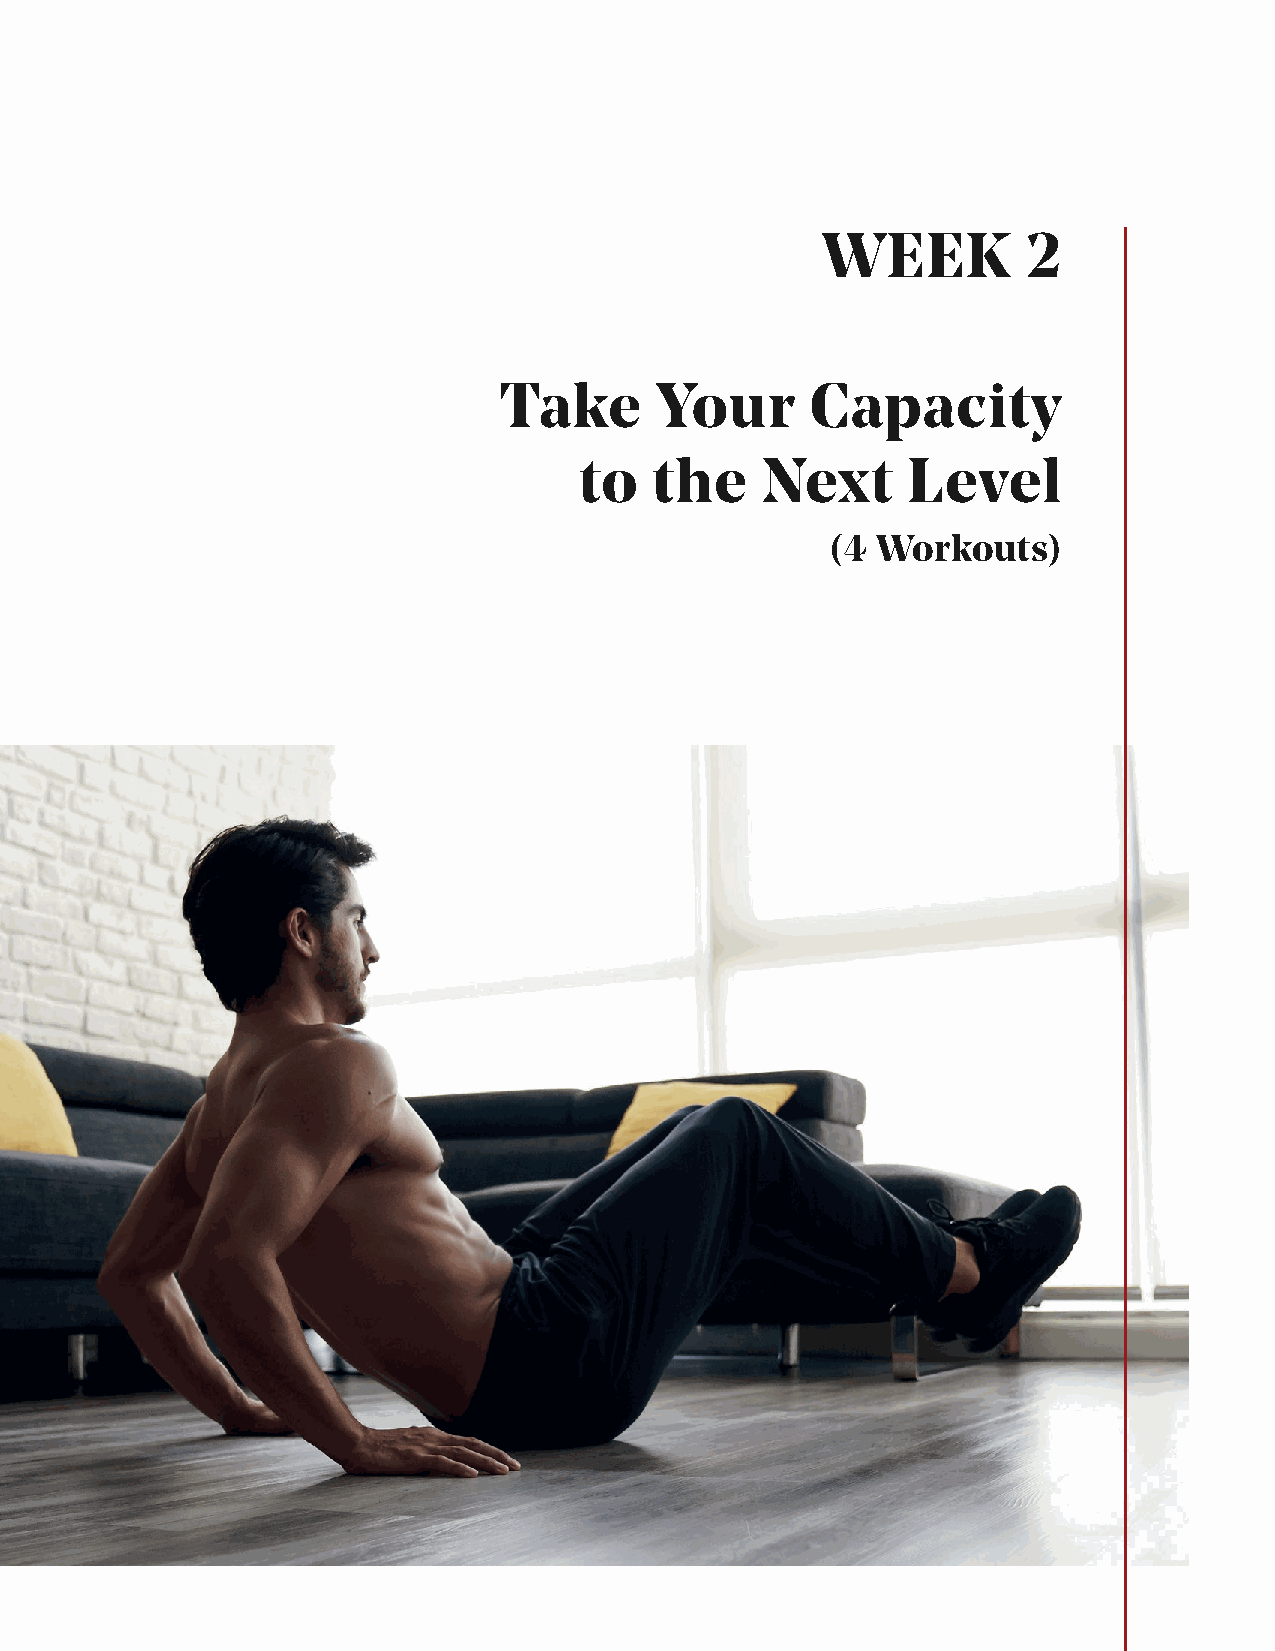
WEEK          2
 Take      Your       Capacity
 to   the    Next      Level
 (4 Workouts)